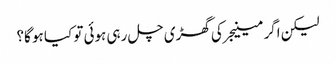
لیکن اگر مینیجر کی گھڑی چل رہی ہوئی تو کیا ہو گا؟